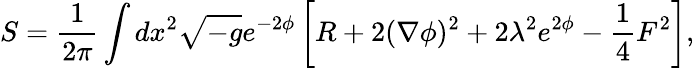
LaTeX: S=\frac{1}{2\pi}\int dx^{2}\sqrt{-g}e^{-2\phi}\left[R+2(\nabla\phi)^{2}+2\lambda^{2}e^{2\phi}-\frac{1}{4}F^{2}\right],